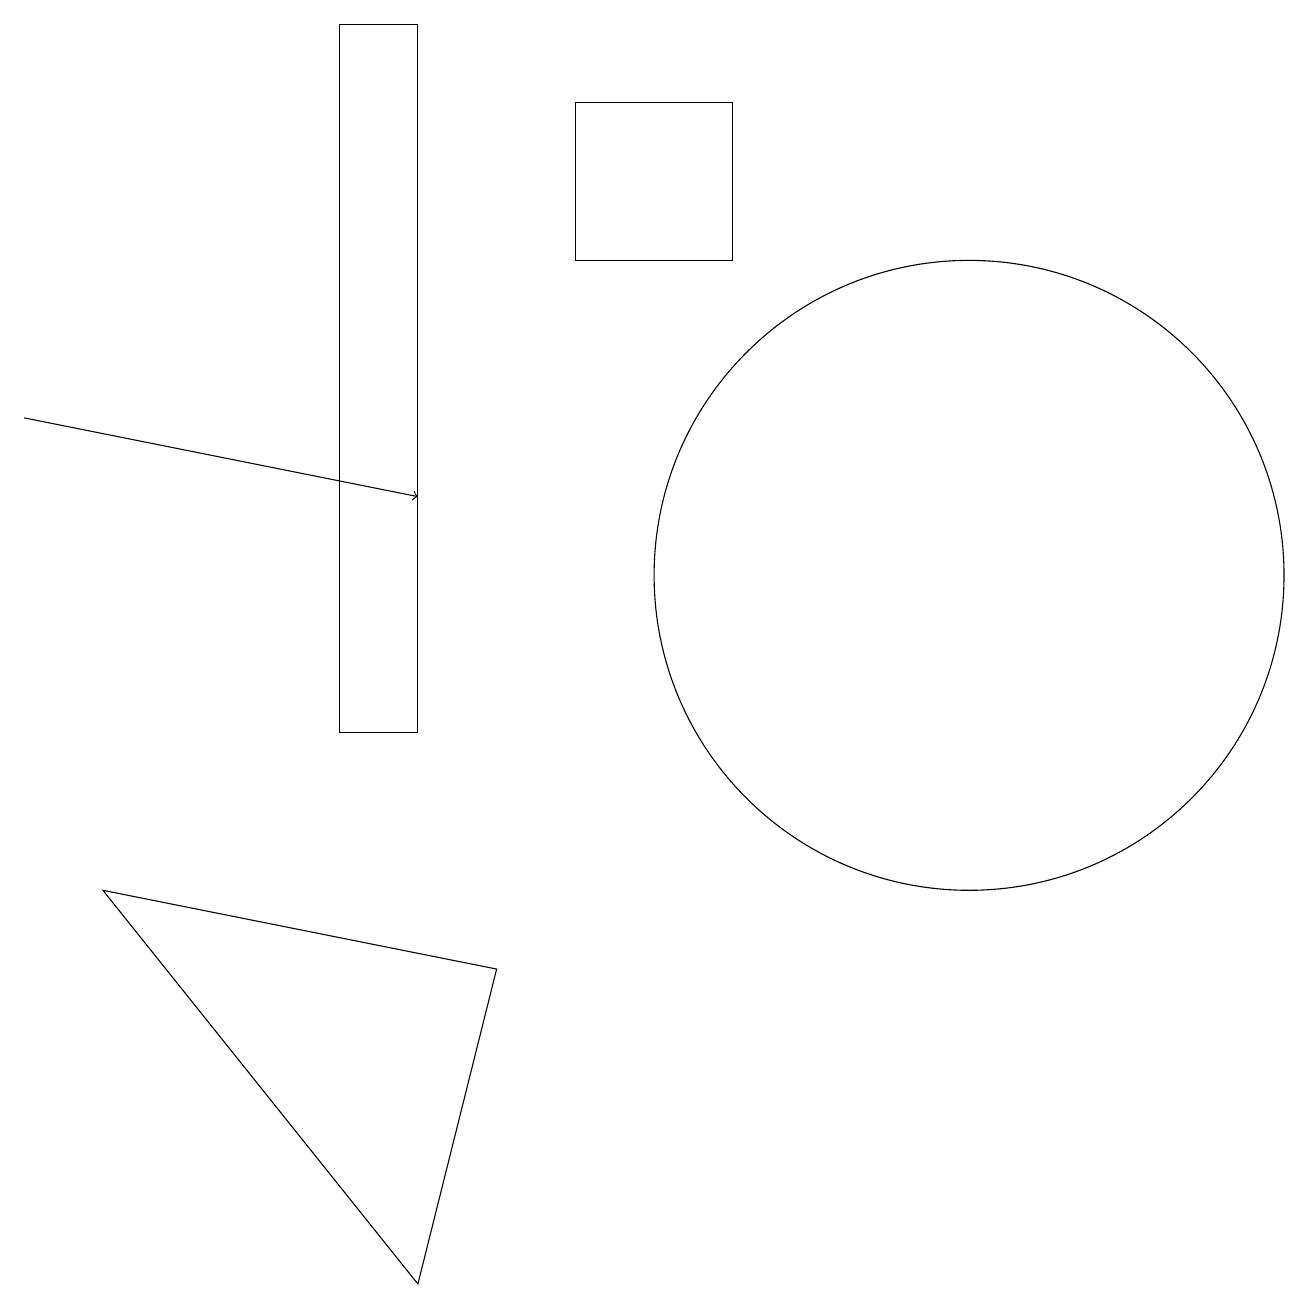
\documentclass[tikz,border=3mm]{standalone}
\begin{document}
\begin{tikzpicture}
\draw[->] (0,14) -- (5,13);
\draw (12,12) circle (4);
\draw (4,10) rectangle (5,19);
\draw (5,3) -- (1,8) -- (6,7) -- cycle;
\draw (7,16) rectangle (9,18);
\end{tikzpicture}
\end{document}